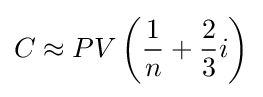
C\approx PV\left({\frac {1}{n}}+{\frac {2}{3}}i\right)